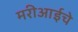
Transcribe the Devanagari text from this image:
मरीआईचे